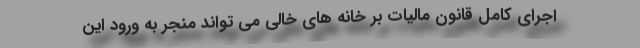
اجرای کامل قانون مالیات بر خانه های خالی می تواند منجر به ورود این